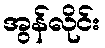
အွန်လိုင်း